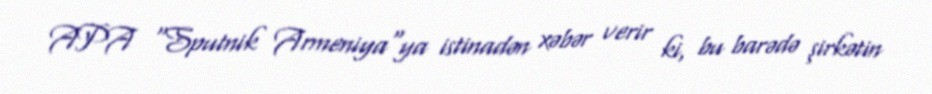
APA "Sputnik Armeniya"ya istinadən xəbər verir ki, bu barədə şirkətin